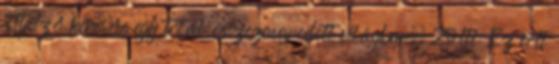
Útjelző keresése egy totál összezavarodott világban. Zsolti: Ez volt